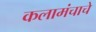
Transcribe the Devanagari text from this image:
कलामंचाचे